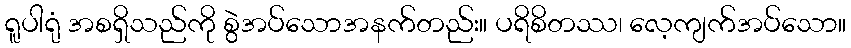
ရူပါရုံ အစရှိသည်ကို စွဲအပ်သောအနက်တည်း။ ပရိစိတဿ၊ လေ့ကျက်အပ်သော။